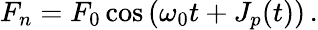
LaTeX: F_{n}=F_{0}\cos\left(\omega_{0}t+J_{p}(t)\right)\, .